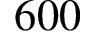
6 0 0